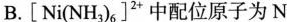
B.[Ni(NH_{3})_{6}]^{2+}中配位原子为N